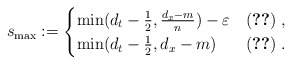
\begin{align*} s_{\mathrm{max}} := \begin{cases}\min(d_t-\frac12,\frac{d_x-m}{n})-\varepsilon & \eqref{A}\;,\\\min(d_t-\frac12,d_x-m) & \eqref{B}\;.\end{cases}\end{align*}